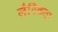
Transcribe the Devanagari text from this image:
लैगिकता